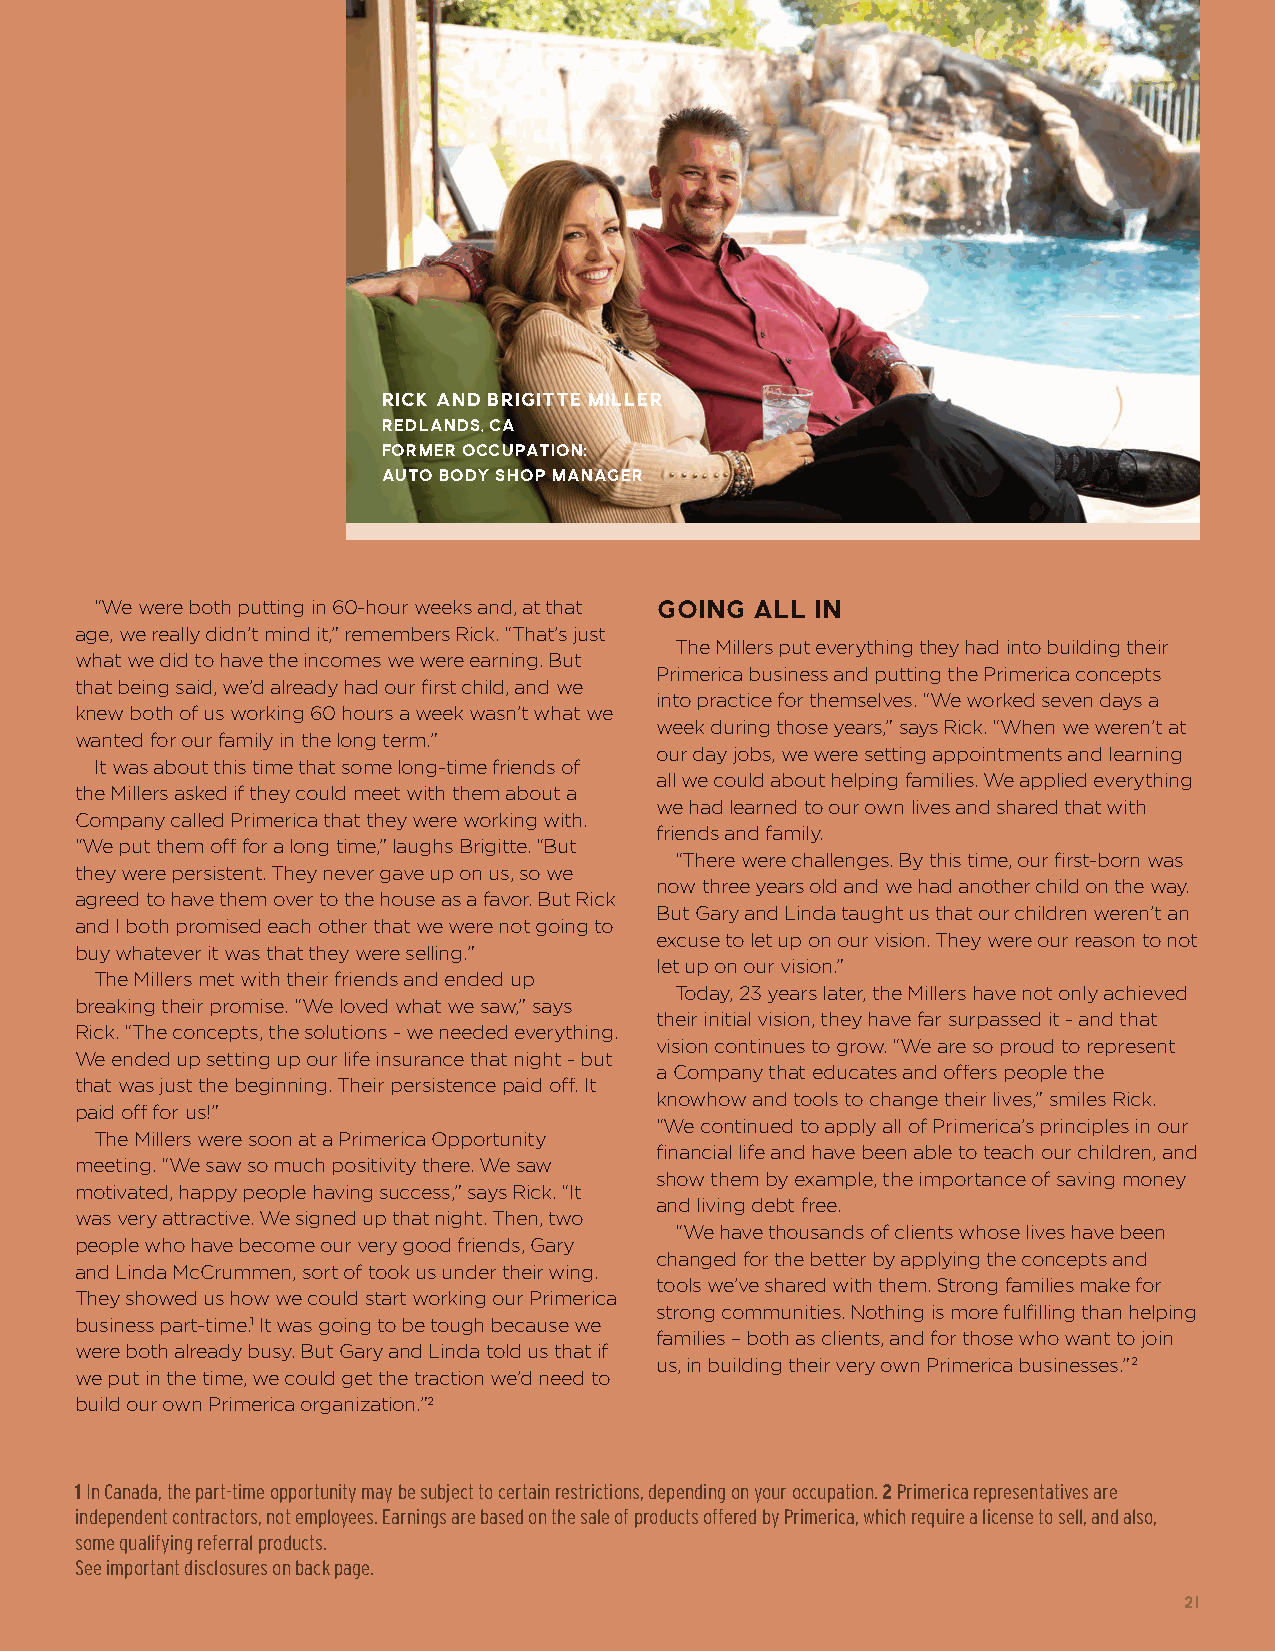
RICK AND BRIGITTE MILLER
 REDLANDS, CA
 FORMER OCCUPATION:
 AUTO BODY SHOP MANAGER
 “We were both putting in 60-hour weeks and, at that Going All In
 age, we really didn’t mind it,” remembers Rick. “That’s just
 The Millers put everything they had into building their
 what we did to have the incomes we were earning. But
 Primerica business and putting the Primerica concepts
 that being said, we’d already had our first child, and we
 into practice for themselves. “We worked seven days a
 knew both of us working 60 hours a week wasn’t what we
 week during those years,” says Rick. “When we weren’t at
 wanted for our family in the long term.”
 our day jobs, we were setting appointments and learning
 It was about this time that some long-time friends of
 all we could about helping families. We applied everything
 the Millers asked if they could meet with them about a
 we had learned to our own lives and shared that with
 Company called Primerica that they were working with.
 friends and family.
 “We put them off for a long time,” laughs Brigitte. “But
 “There were challenges. By this time, our first-born was
 they were persistent. They never gave up on us, so we
 now three years old and we had another child on the way.
 agreed to have them over to the house as a favor. But Rick
 But Gary and Linda taught us that our children weren’t an
 and I both promised each other that we were not going to
 excuse to let up on our vision. They were our reason to not
 buy whatever it was that they were selling.”
 let up on our vision.”
 The Millers met with their friends and ended up
 Today, 23 years later, the Millers have not only achieved
 breaking their promise. “We loved what we saw,” says
 their initial vision, they have far surpassed it - and that
 Rick. “The concepts, the solutions - we needed everything.
 vision continues to grow. “We are so proud to represent
 We ended up setting up our life insurance that night - but
 a Company that educates and offers people the
 that was just the beginning. Their persistence paid off. It
 knowhow and tools to change their lives,” smiles Rick.
 paid off for us!”
 “We continued to apply all of Primerica’s principles in our
 The Millers were soon at a Primerica Opportunity
 financial life and have been able to teach our children, and
 meeting. “We saw so much positivity there. We saw
 show them by example, the importance of saving money
 motivated, happy people having success,” says Rick. “It
 and living debt free.
 was very attractive. We signed up that night. Then, two
 “We have thousands of clients whose lives have been
 people who have become our very good friends, Gary
 changed for the better by applying the concepts and
 and Linda McCrummen, sort of took us under their wing.
 tools we’ve shared with them. Strong families make for
 They showed us how we could start working our Primerica
 strong communities. Nothing is more fulfilling than helping
 business part-time.1 It was going to be tough because we
 families – both as clients, and for those who want to join
 were both already busy. But Gary and Linda told us that if
 us, in building their very own Primerica businesses.”2
 we put in the time, we could get the traction we’d need to
 build our own Primerica organization.”2
 1 In Canada, the part-time opportunity may be subject to certain restrictions, depending on your occupation. 2 Primerica representatives are
 independent contractors, not employees. Earnings are based on the sale of products offered by Primerica, which require a license to sell, and also,
 some qualifying referral products.
 See important disclosures on back page.
 21